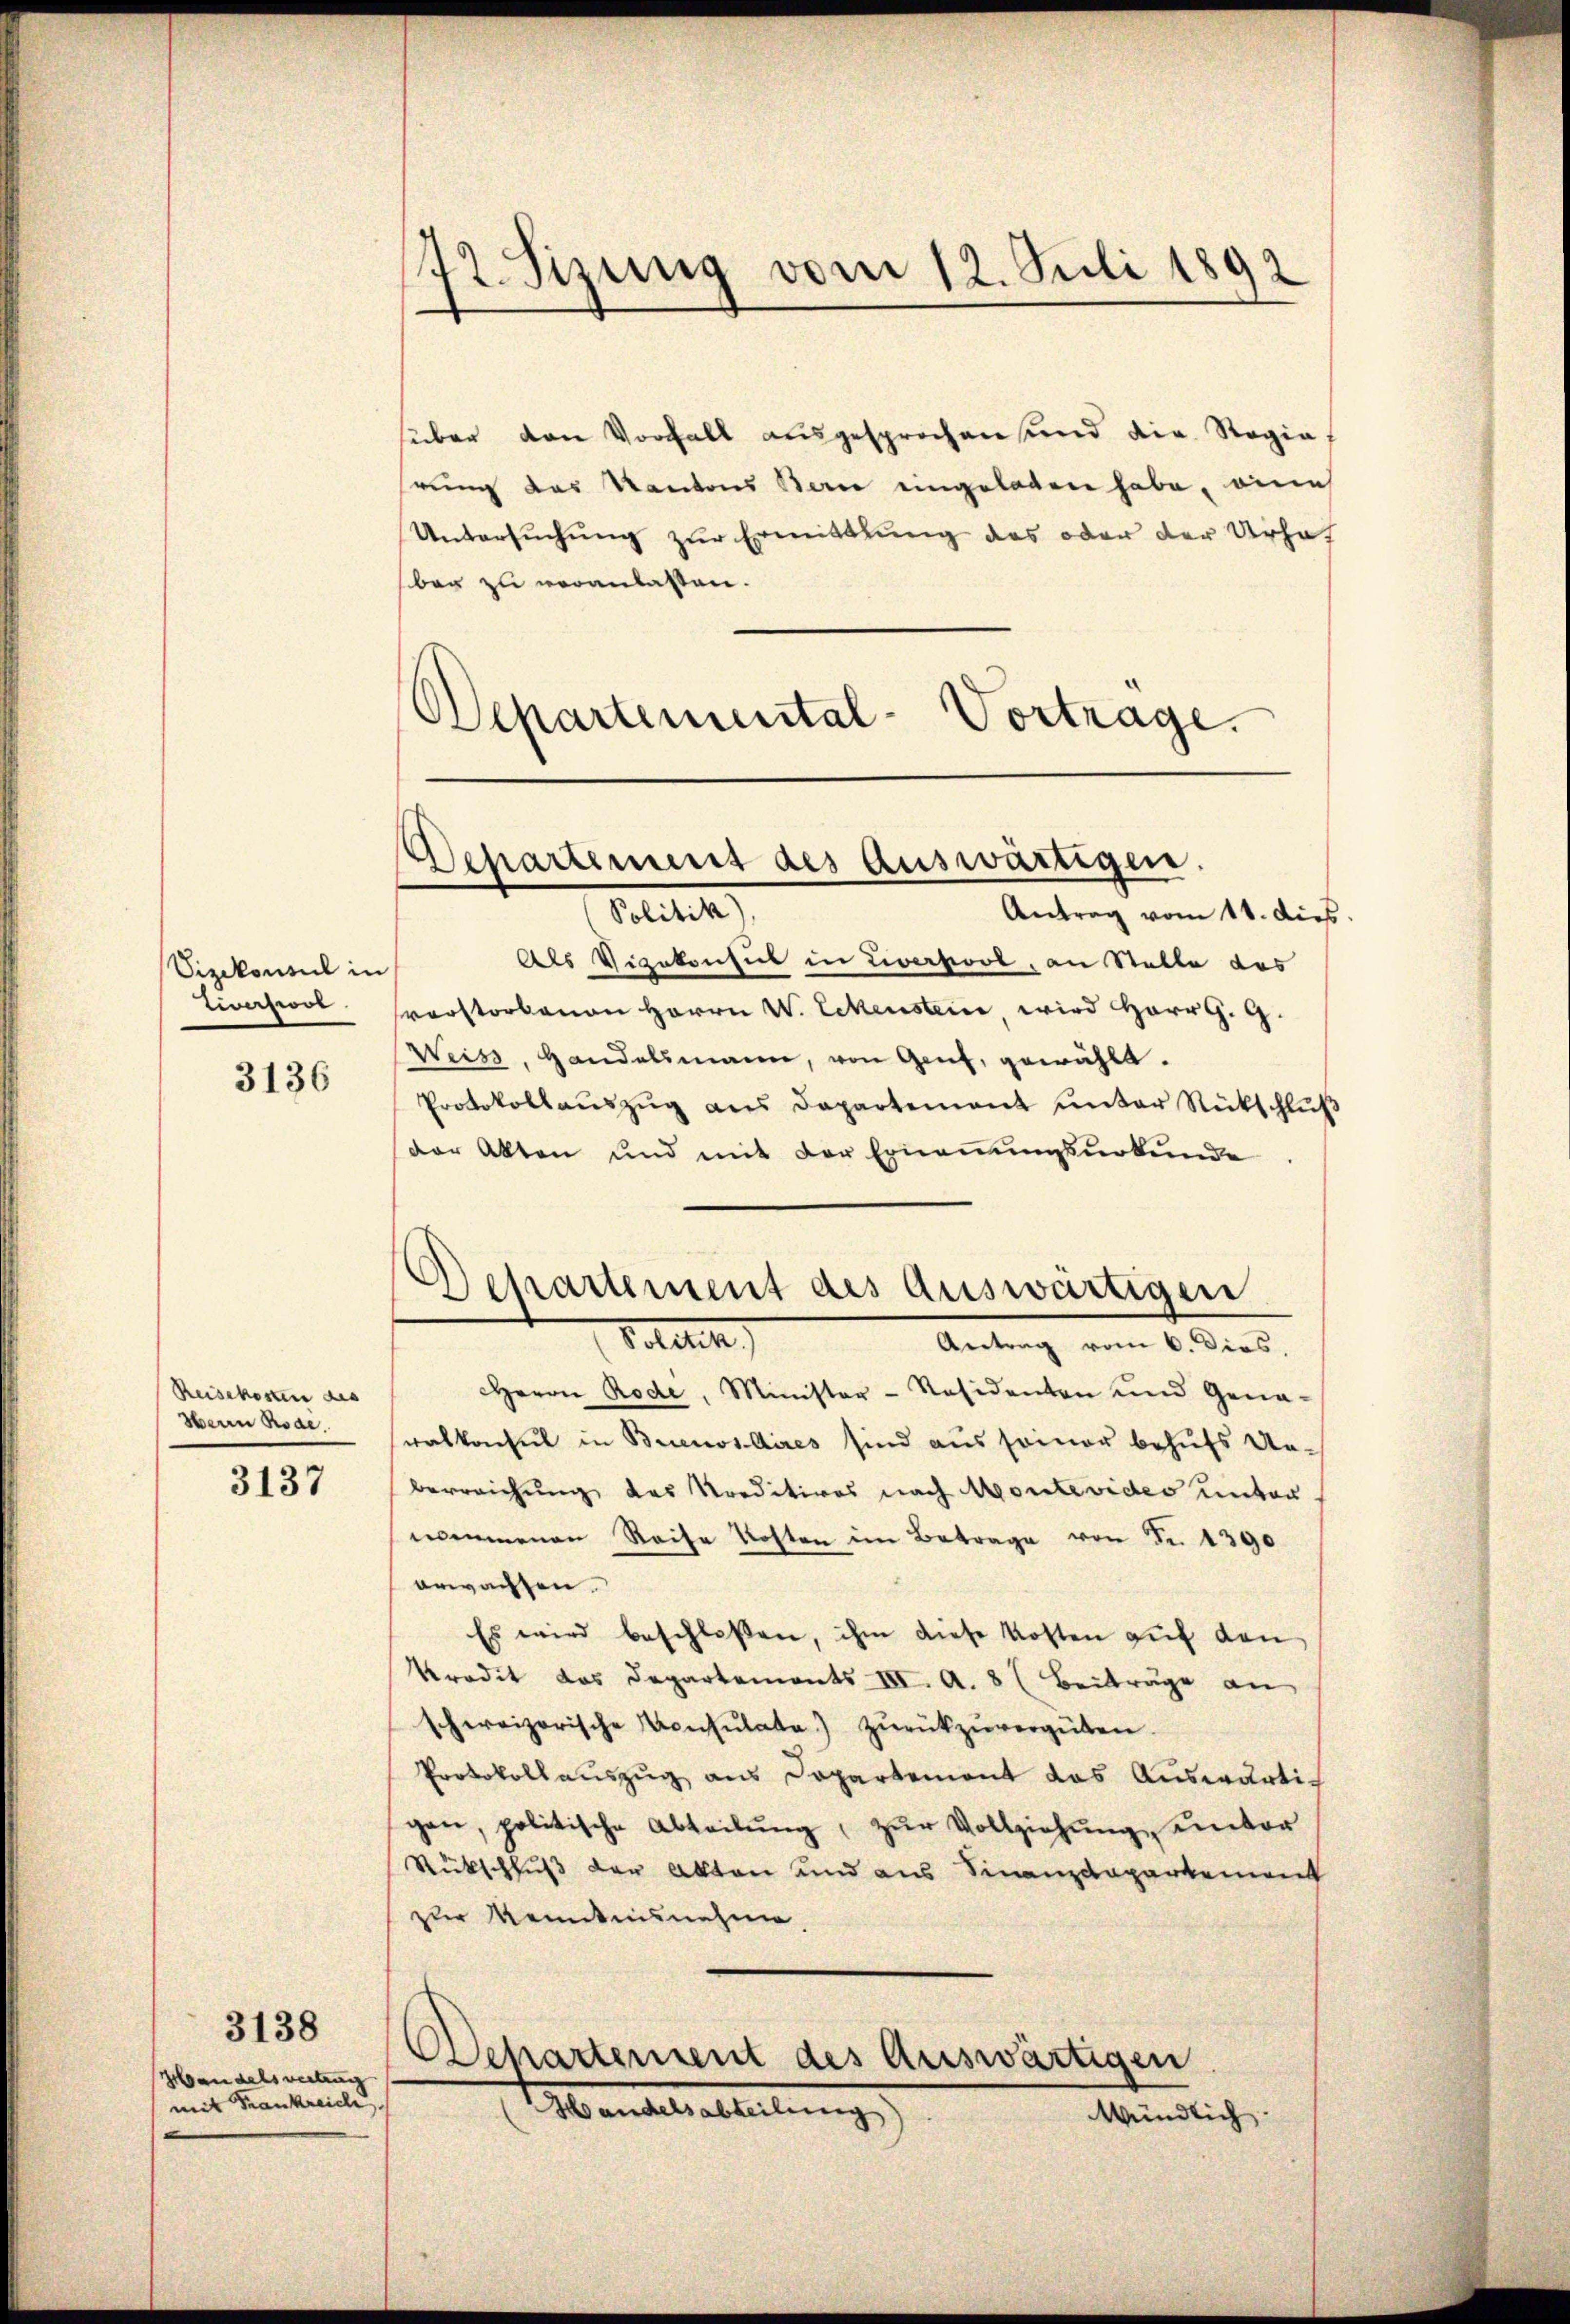
Vizekonsul in
tivisione

3136

Reisekosten des
Herrn Rode.

3137

Handelsvertrag
mit Frankreich

3138

72. Sizung vom 12. Juli 1892

süber den Vorfall ausgesprochen und die Regia
hrung des Kantons Berne eingeladen habe, eine
Untersŭchŭng zŭr Ermittlung des oder der Urhaf
ber zu veranlassen.
Departemental-Vortrage.

Als Vizekonsiet in Liverpool, an Stelle des
svorstorbenen Herrn V. Eckenstein, wird Herr G. G.
Weiss, Handelsmann, von Genf, gewählt.
Protokollaŭszŭg ans Departement ŭnter Rückschlŭβ
der Akten und mit der Ernennungsurkunde

Herrn Rode, Minister-Räsidenten und Gena-
ralkonsul in Buenos Aires sind aus seiner behufs Unberreichung des Kreditires nach Montevides unter
nommenen Reise Kosten im Betrage von Fr. 1390
erwachsen.
Es wird beschlossen, ihm diese Kosten auf den
Kredit das Departements III. A. 8 (Beiträge an
schweizerische Konsŭtata) zŭrückzŭvergüten.
Protokollauszug aus Departemont das Auswärtigan, politische Abteilŭng, zŭr Vollziehŭng ŭnter
Rückschluß der Akten und aus Finanzdepartement
zur Kenntnisnehme
Dchartement des Auswärtigen

Departement des auswärtigen,
Petitte
Antrag vom 11. dies

Departement des Auswärtigen
Politik
Antrag vom 6. dies,

Handelsabteilung
Mündlich: